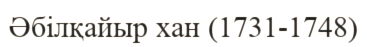
Әбілқайыр хан (1731-1748)